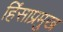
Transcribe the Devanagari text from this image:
हिंसाप्रमुख